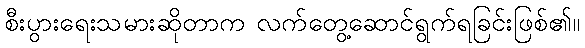
စီးပွားရေးသမားဆိုတာက လက်တွေ့ဆောင်ရွက်ရခြင်းဖြစ်၏။